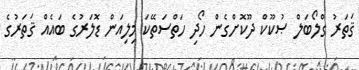
ޤަތަރު ގްލޯބަލް ޞުކޫކް ދޫކޮށްގެން ހޯދި ހަތްސަތޭކަ މިލިއަން ޑޮލަރުގެ ބައެއް ޤަތަރުގެ